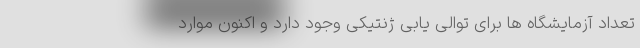
تعداد آزمایشگاه ها برای توالی یابی ژنتیکی وجود دارد و اکنون موارد